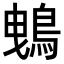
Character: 𪀕